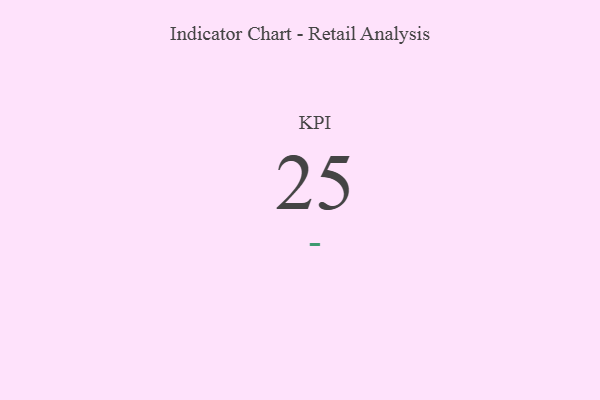
{"axis": {"x": "KPI", "y": "Value"}, "legend": [""], "data": [{"x": "KPI", "y": 25, "type": ""}]}